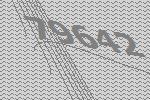
79642